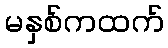
မနှစ်ကထက်